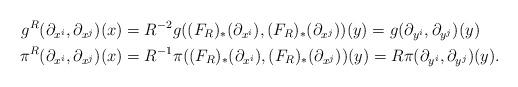
LaTeX: \begin{align*}g^R(\partial_{x^i}, \partial_{x^j}) (x)&=R^{-2} g( (F_R)_*(\partial_{x^i}), (F_R)_*(\partial_{x^j})) (y)= g(\partial_{y^i}, \partial_{y^j}) (y) \\\pi^R(\partial_{x^i}, \partial_{x^j}) (x)&= R^{-1} \pi ( (F_R)_*(\partial_{x^i}), (F_R)_*(\partial_{x^j})) (y)= R\pi(\partial_{y^i}, \partial_{y^j}) (y).\end{align*}